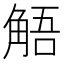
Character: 𮗰